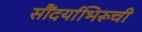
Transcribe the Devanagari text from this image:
सौंदर्याभिरूची